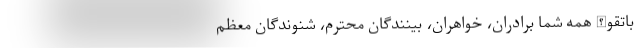
باتقوالله همه شما برادران، خواهران، بینندگان محترم، شنوندگان معظم